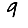
Digit: 9